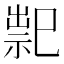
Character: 䄐